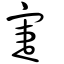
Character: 寁